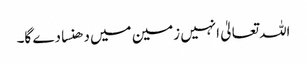
اللہ تعالیٰ انہیں زمین میں دھنسا دے گا۔